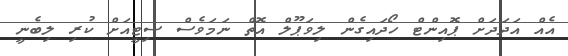
އެއް އަދަދަށް ޕޮއިންޓް ހޯދައިގެން ލިވަޕޫލް އޮތް ނަމަވެސް ސިޓީއަށް ކުރި ލިބެނީ